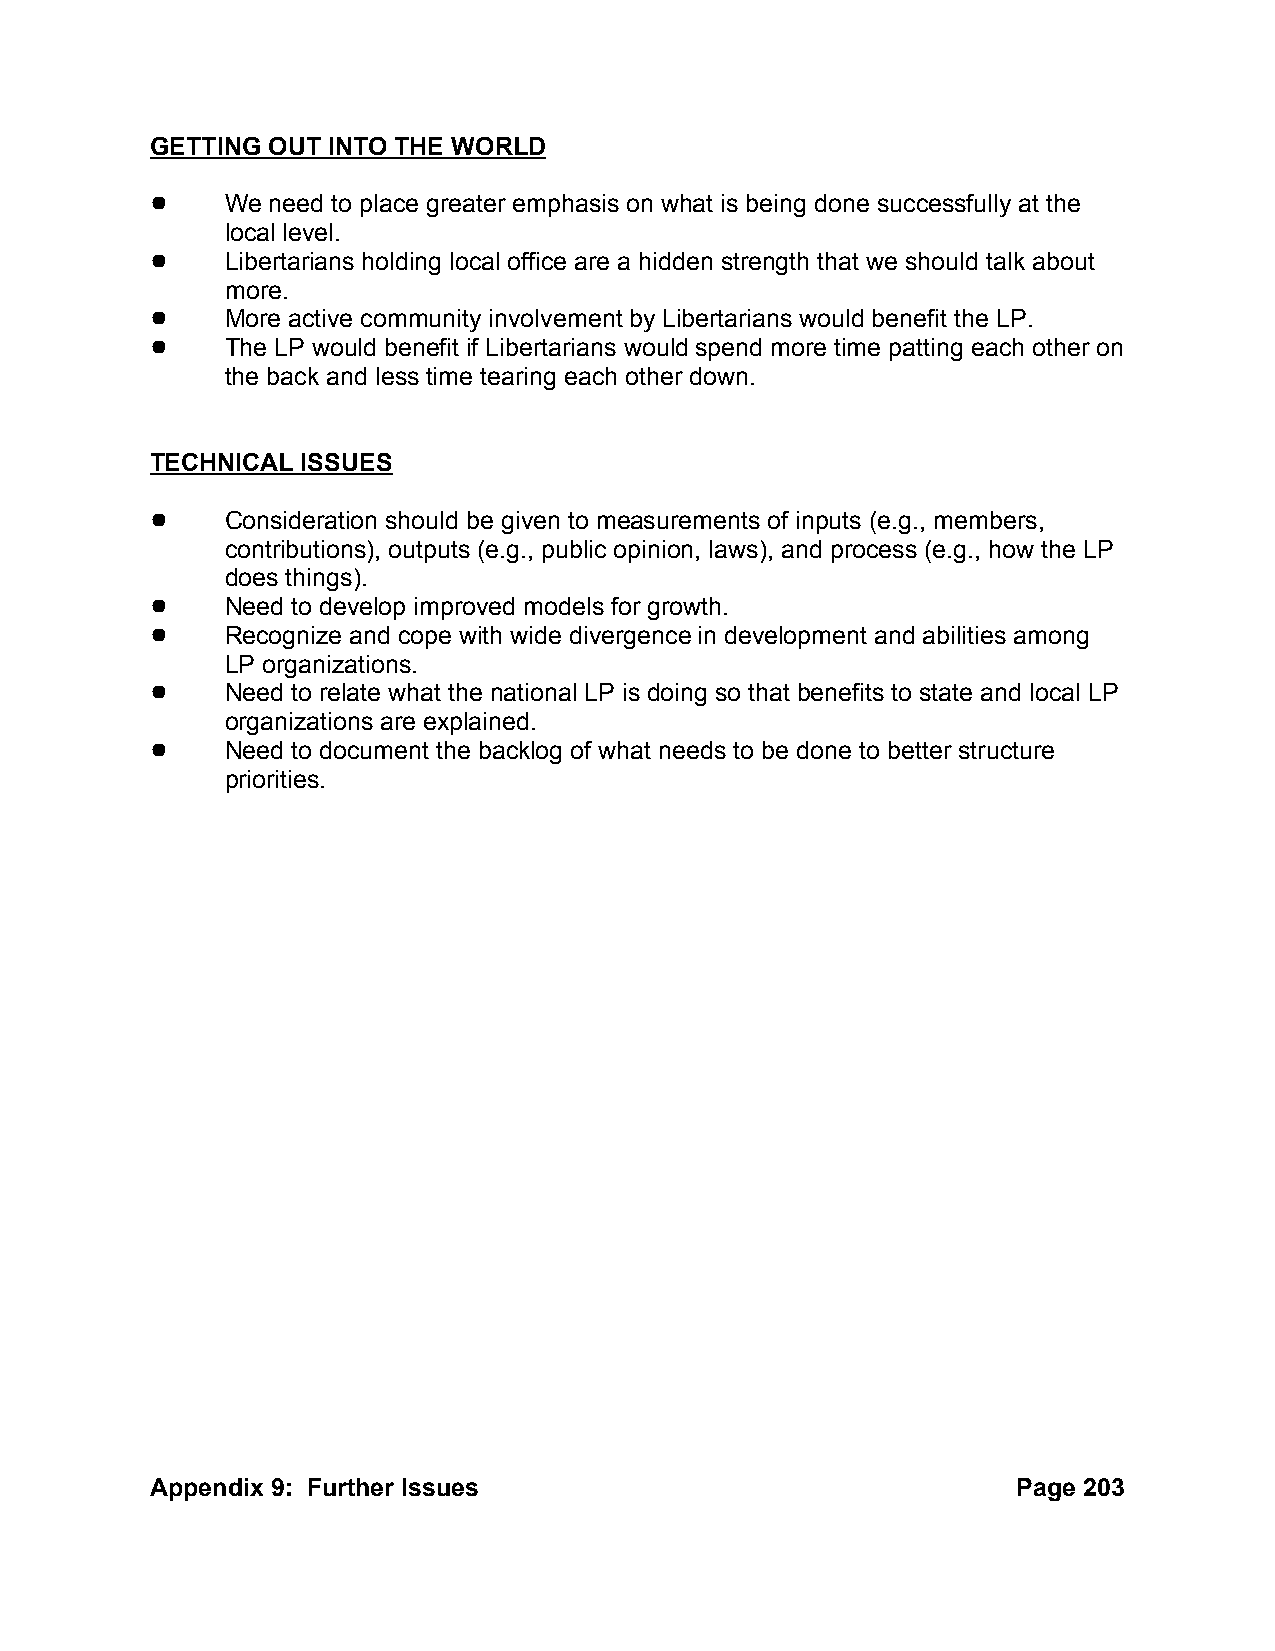
GETTING OUT INTO THE WORLD
 !    We need to place greater emphasis on what is being done successfully at the
 local level.
 !    Libertarians holding local office are a hidden strength that we should talk about
 more.
 !    More active community involvement by Libertarians would benefit the LP.
 !    The LP would benefit if Libertarians would spend more time patting each other on
 the back and less time tearing each other down.
 TECHNICAL ISSUES
 !    Consideration should be given to measurements of inputs (e.g., members,
 contributions), outputs (e.g., public opinion, laws), and process (e.g., how the LP
 does things).
 !    Need to develop improved models for growth.
 !    Recognize and cope with wide divergence in development and abilities among
 LP organizations.
 !    Need to relate what the national LP is doing so that benefits to state and local LP
 organizations are explained.
 !    Need to document the backlog of what needs to be done to better structure
 priorities.
 Appendix 9: Further Issues                               Page 203